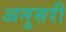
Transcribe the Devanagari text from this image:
अनुसरी